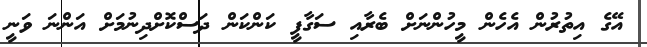
އޭގެ އިތުރުން އެހެން މީހުންނަށް ބެރާއި ސަގާފީ ކަންކަން ދަސްކޮށްދިނުމަށް އަންނަ ވަނީ